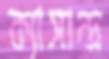
ক্যাসান্দ্র